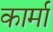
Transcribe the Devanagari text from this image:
कार्मां